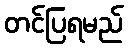
တင်ပြရမည်